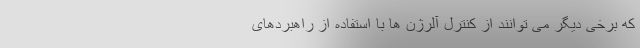
که برخی دیگر می توانند از کنترل آلرژن ها با استفاده از راهبردهای